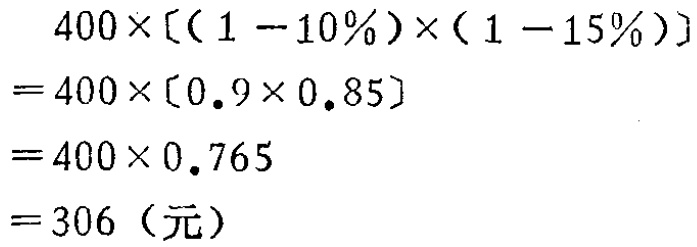
\[

\begin{align*}

&400\times[(1 - 10\%)\times(1 - 15\%)]\\

=&400\times[0.9\times0.85]\\

=&400\times0.765\\

=&306（元）

\end{align*}

\]